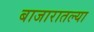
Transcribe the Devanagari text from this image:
बाजारातल्या